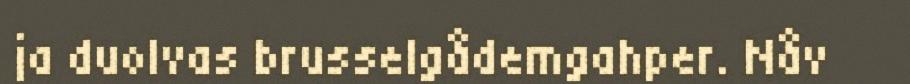
ja duolvas brusselgådemgahper. Nåv